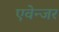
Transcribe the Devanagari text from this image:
एवेन्जर